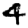
Digit: 4